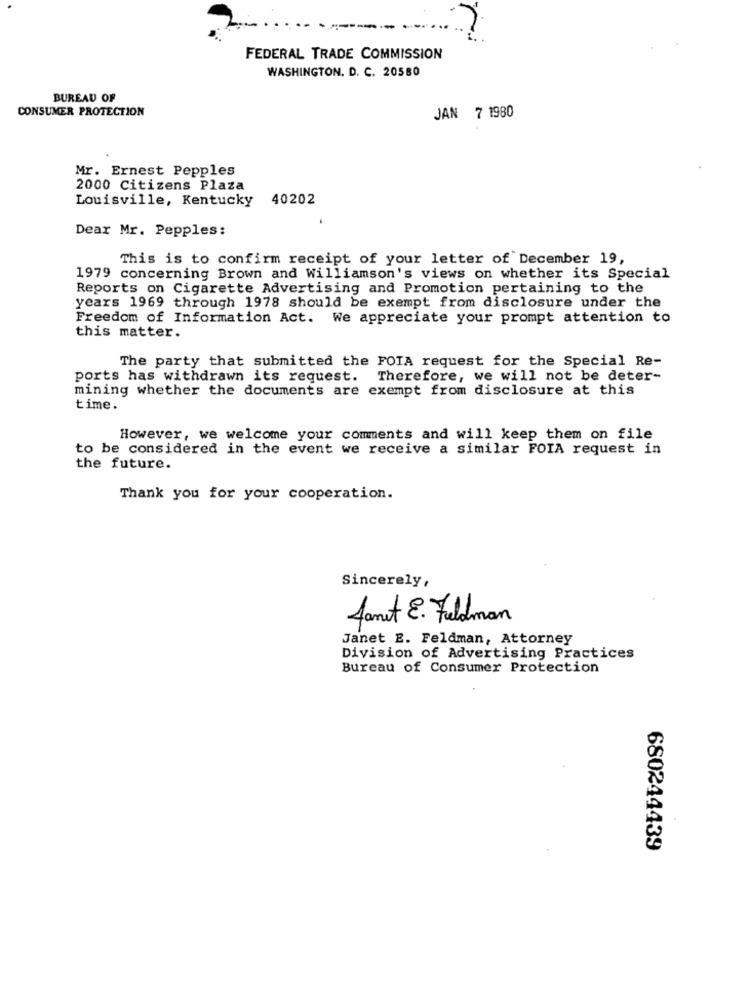
FEDERAL TRADE COMMISSION
WASHINGTON, D. C. 20580
BUREAU OF
CONSUMER PROTECTION
JAN 7 1980
Mr. Ernest Pepples
2000 Citizens Plaza
Louisville, Kentucky 40202
Dear Mr. Pepples:
This is to confirm receipt of your letter of December 19,
1979 concerning Brown and Williamson's views on whether its Special
Reports on Cigarette Advertising and Promotion pertaining to the
years 1969 through 1978 should be exempt from disclosure under the
Freedom of Information Act. We appreciate your prompt attention to
this matter.
The party that submitted the FOIA request for the Special Re-
ports has withdrawn its request.
Therefore, we will not be deter-
mining whether the documents are exempt from disclosure at this
time.
However, we welcome your comments and will keep them on file
to be considered in the event we receive a similar FOIA request in
the future.
Thank you for your cooperation.
Sincerely,
famit E. Feldman
Janet E. Feldman, Attorney
Division of Advertising Practices
Bureau of Consumer Protection
680244439